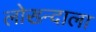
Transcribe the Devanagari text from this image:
लोख्न्दाला